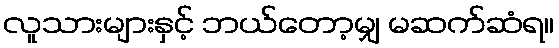
လူသားများနှင့် ဘယ်တော့မျှ မဆက်ဆံရ။